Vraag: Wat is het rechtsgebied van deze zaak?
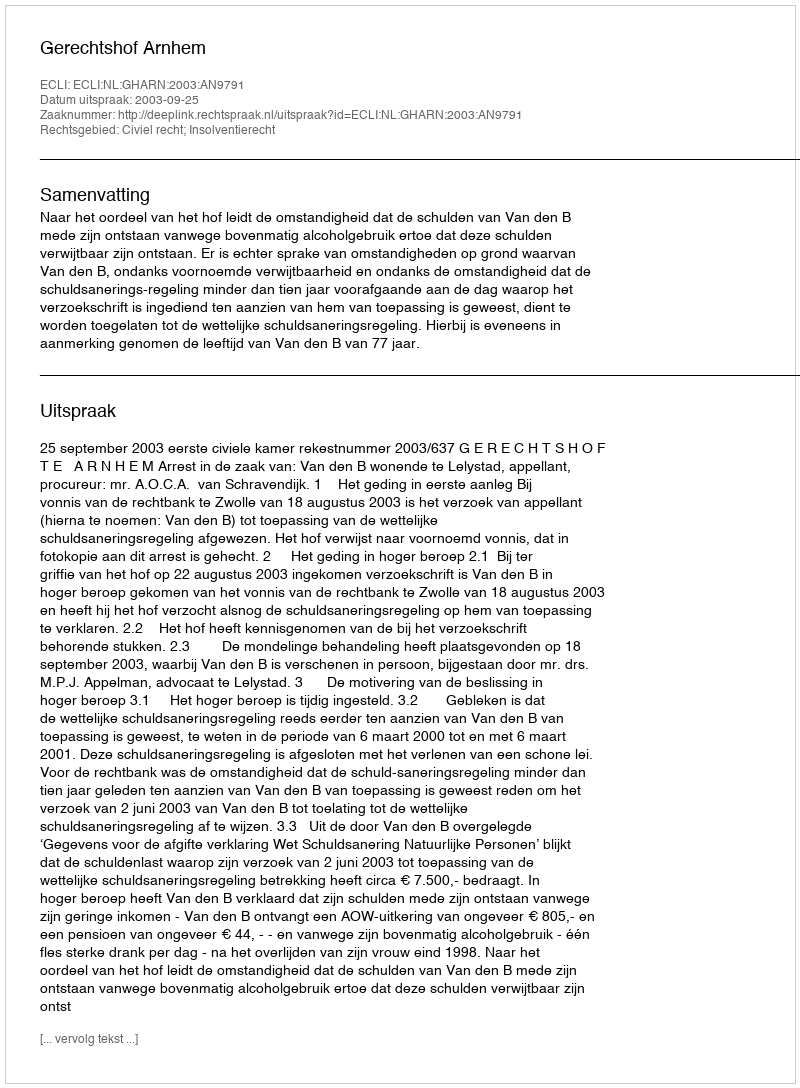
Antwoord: Civiel recht; Insolventierecht